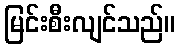
မြင်းစီးလျင်သည်။